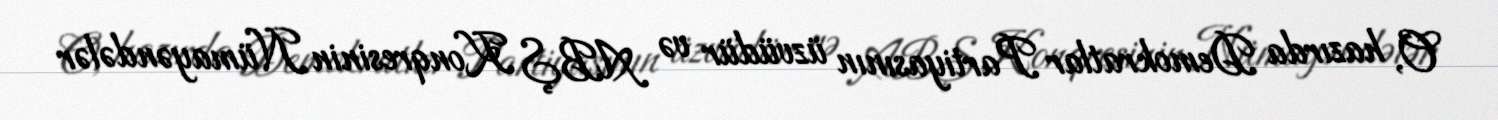
O, hazırda Demokratlar Partiyasının üzvüdür və ABŞ Konqresinin Nümayəndələr